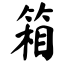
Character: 箱